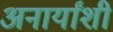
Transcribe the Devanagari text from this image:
अनार्यांशी